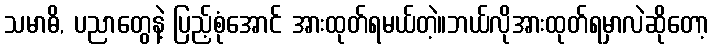
သမာဓိ, ပညာတွေနဲ့ ပြည့်စုံအောင် အားထုတ်ရမယ်တဲ့။ဘယ်လိုအားထုတ်ရမှာလဲဆိုတော့